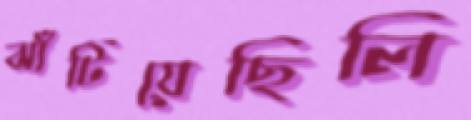
ঝাঁটিয়েছিলি